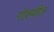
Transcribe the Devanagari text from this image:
गोफणीत